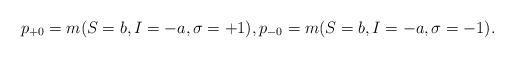
LaTeX: \begin{align*}p_{+0} = m(S = b, I = -a, \sigma =+1),p_{-0} = m(S = b, I = -a, \sigma =-1).\end{align*}